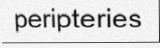
peripteries